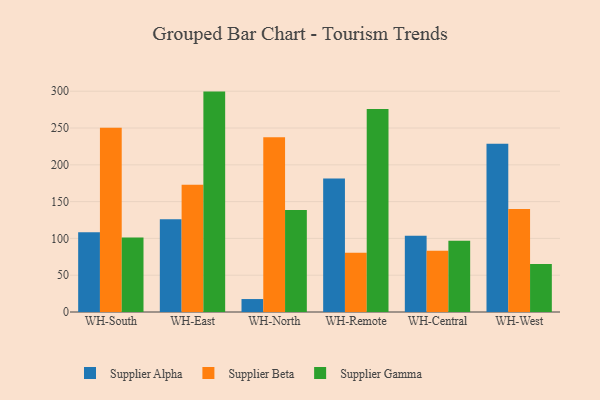
{"axis": {"x": "Warehouse", "y": "Page Views"}, "legend": ["Supplier Alpha", "Supplier Beta", "Supplier Gamma"], "data": [{"x": "WH-South", "y": 108.4, "type": "Supplier Alpha"}, {"x": "WH-South", "y": 250.4, "type": "Supplier Beta"}, {"x": "WH-South", "y": 101.2, "type": "Supplier Gamma"}, {"x": "WH-East", "y": 126.0, "type": "Supplier Alpha"}, {"x": "WH-East", "y": 172.8, "type": "Supplier Beta"}, {"x": "WH-East", "y": 299.5, "type": "Supplier Gamma"}, {"x": "WH-North", "y": 17.6, "type": "Supplier Alpha"}, {"x": "WH-North", "y": 237.5, "type": "Supplier Beta"}, {"x": "WH-North", "y": 138.5, "type": "Supplier Gamma"}, {"x": "WH-Remote", "y": 181.5, "type": "Supplier Alpha"}, {"x": "WH-Remote", "y": 80.6, "type": "Supplier Beta"}, {"x": "WH-Remote", "y": 275.9, "type": "Supplier Gamma"}, {"x": "WH-Central", "y": 103.5, "type": "Supplier Alpha"}, {"x": "WH-Central", "y": 83.1, "type": "Supplier Beta"}, {"x": "WH-Central", "y": 96.9, "type": "Supplier Gamma"}, {"x": "WH-West", "y": 228.5, "type": "Supplier Alpha"}, {"x": "WH-West", "y": 140.1, "type": "Supplier Beta"}, {"x": "WH-West", "y": 65.1, "type": "Supplier Gamma"}]}